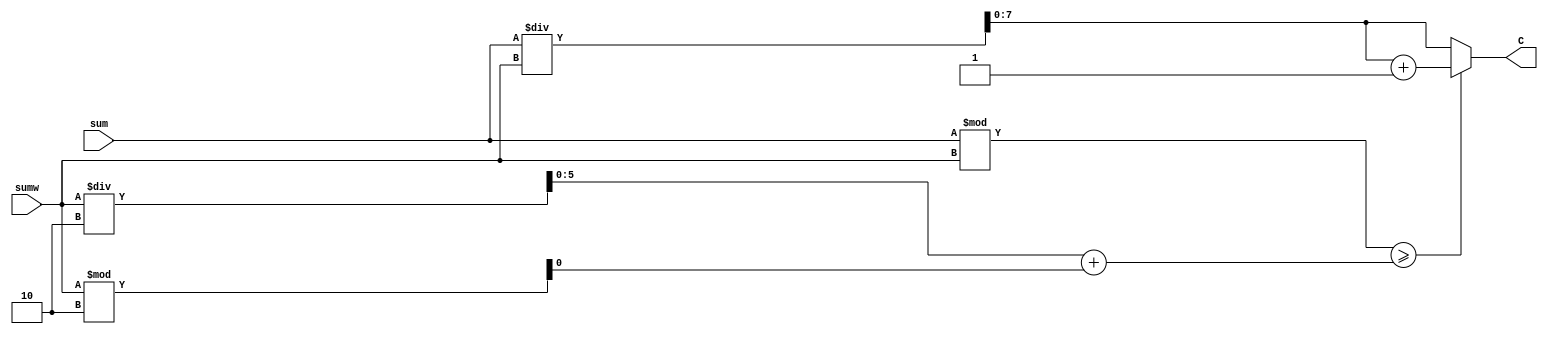

`timescale 10ns/1ps
module Center(sum, sumw, C);
 output [7:0] C;
  
 input [14:0] sum; // dividend (255 X 15 X 6) 
 input [6:0] sumw; // divisor (15 X 6)
 wire [5:0] half;
 wire [15:0] rem;
 wire [7:0] c;
 wire R;

 assign C = (rem >= (half + R))?(c+1):(c);  
 assign c = sum/sumw;
 assign rem = sum % sumw;
 assign half = sumw/2;
 assign R = sumw %2;

endmodule